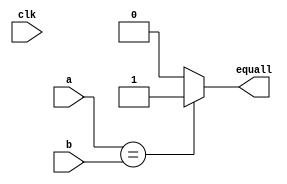
module Equall( clk, a, b, equall ) ;

	input[31:0] a, b ; 
	input clk ;
	output equall ; 
	 
	assign equall = ( a == b ) ? 1'b1 : 1'b0;
	
	/*initial 
	begin 
		equall = 1'b0 ; 
	end 
	
	always @( posedge clk  )
	begin 
		if ( a == b ) 
			equall = 1'b1 ; 
		else 
			equall = 1'b0 ; 
	end */
	
	
endmodule